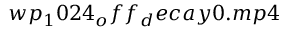
w p _ { 1 } 0 2 4 _ { o } f f _ { d } e c a y 0 . m p 4